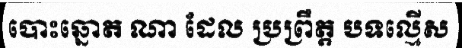
បោះឆ្នោត ណា ដែល ប្រព្រឹត្ត បទល្មើស